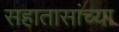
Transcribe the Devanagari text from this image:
सहातासांच्या